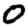
Digit: 0